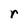
Character: r